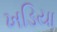
ખડિયા